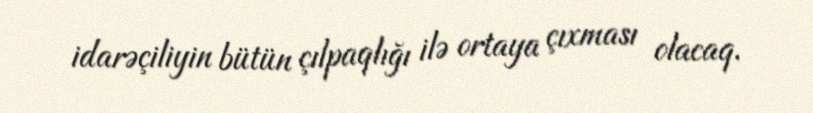
idarəçiliyin bütün çılpaqlığı ilə ortaya çıxması olacaq.